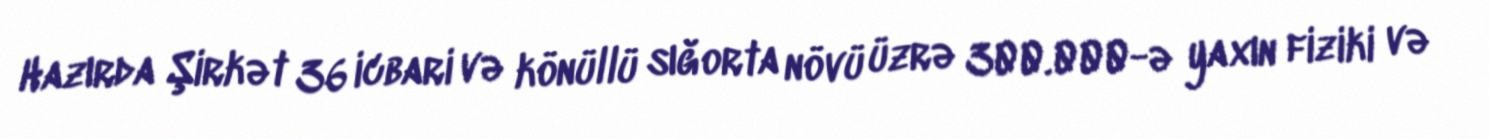
Hazırda Şirkət 36 icbari və könüllü sığorta növü üzrə 300.000-ə yaxın fiziki və